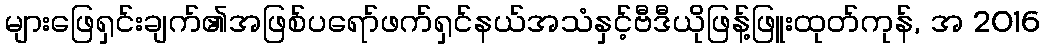
များဖြေရှင်းချက်၏အဖြစ်ပရော်ဖက်ရှင်နယ်အသံနှင့်ဗီဒီယိုဖြန့်ဖြူးထုတ်ကုန်, အ 2016